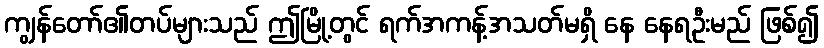
ကျွန်တော်၏တပ်များသည် ဤမြို့တွင် ရက်အကန့်အသတ်မရှိ နေ နေရဦးမည် ဖြစ်၍